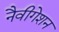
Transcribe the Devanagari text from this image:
नैवीगेशन